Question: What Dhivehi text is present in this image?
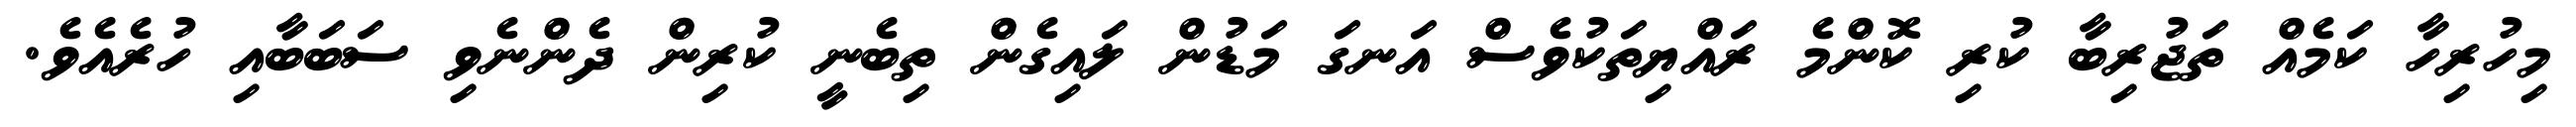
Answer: މިހުރިހާ ކަމެއް ތަޖުރިބާ ކުރި ކޮންމެ ރައްޔިތަކުވެސް އަނގަ މަޑުން ލައިގެން ތިބެނީ ކުރިން ދެންނެވި ސަބަބާއި ހުރެއެވެ.